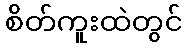
စိတ်ကူးထဲတွင်